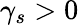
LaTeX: \gamma_{s}>0